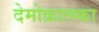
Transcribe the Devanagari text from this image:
देमोक्रात्स्का